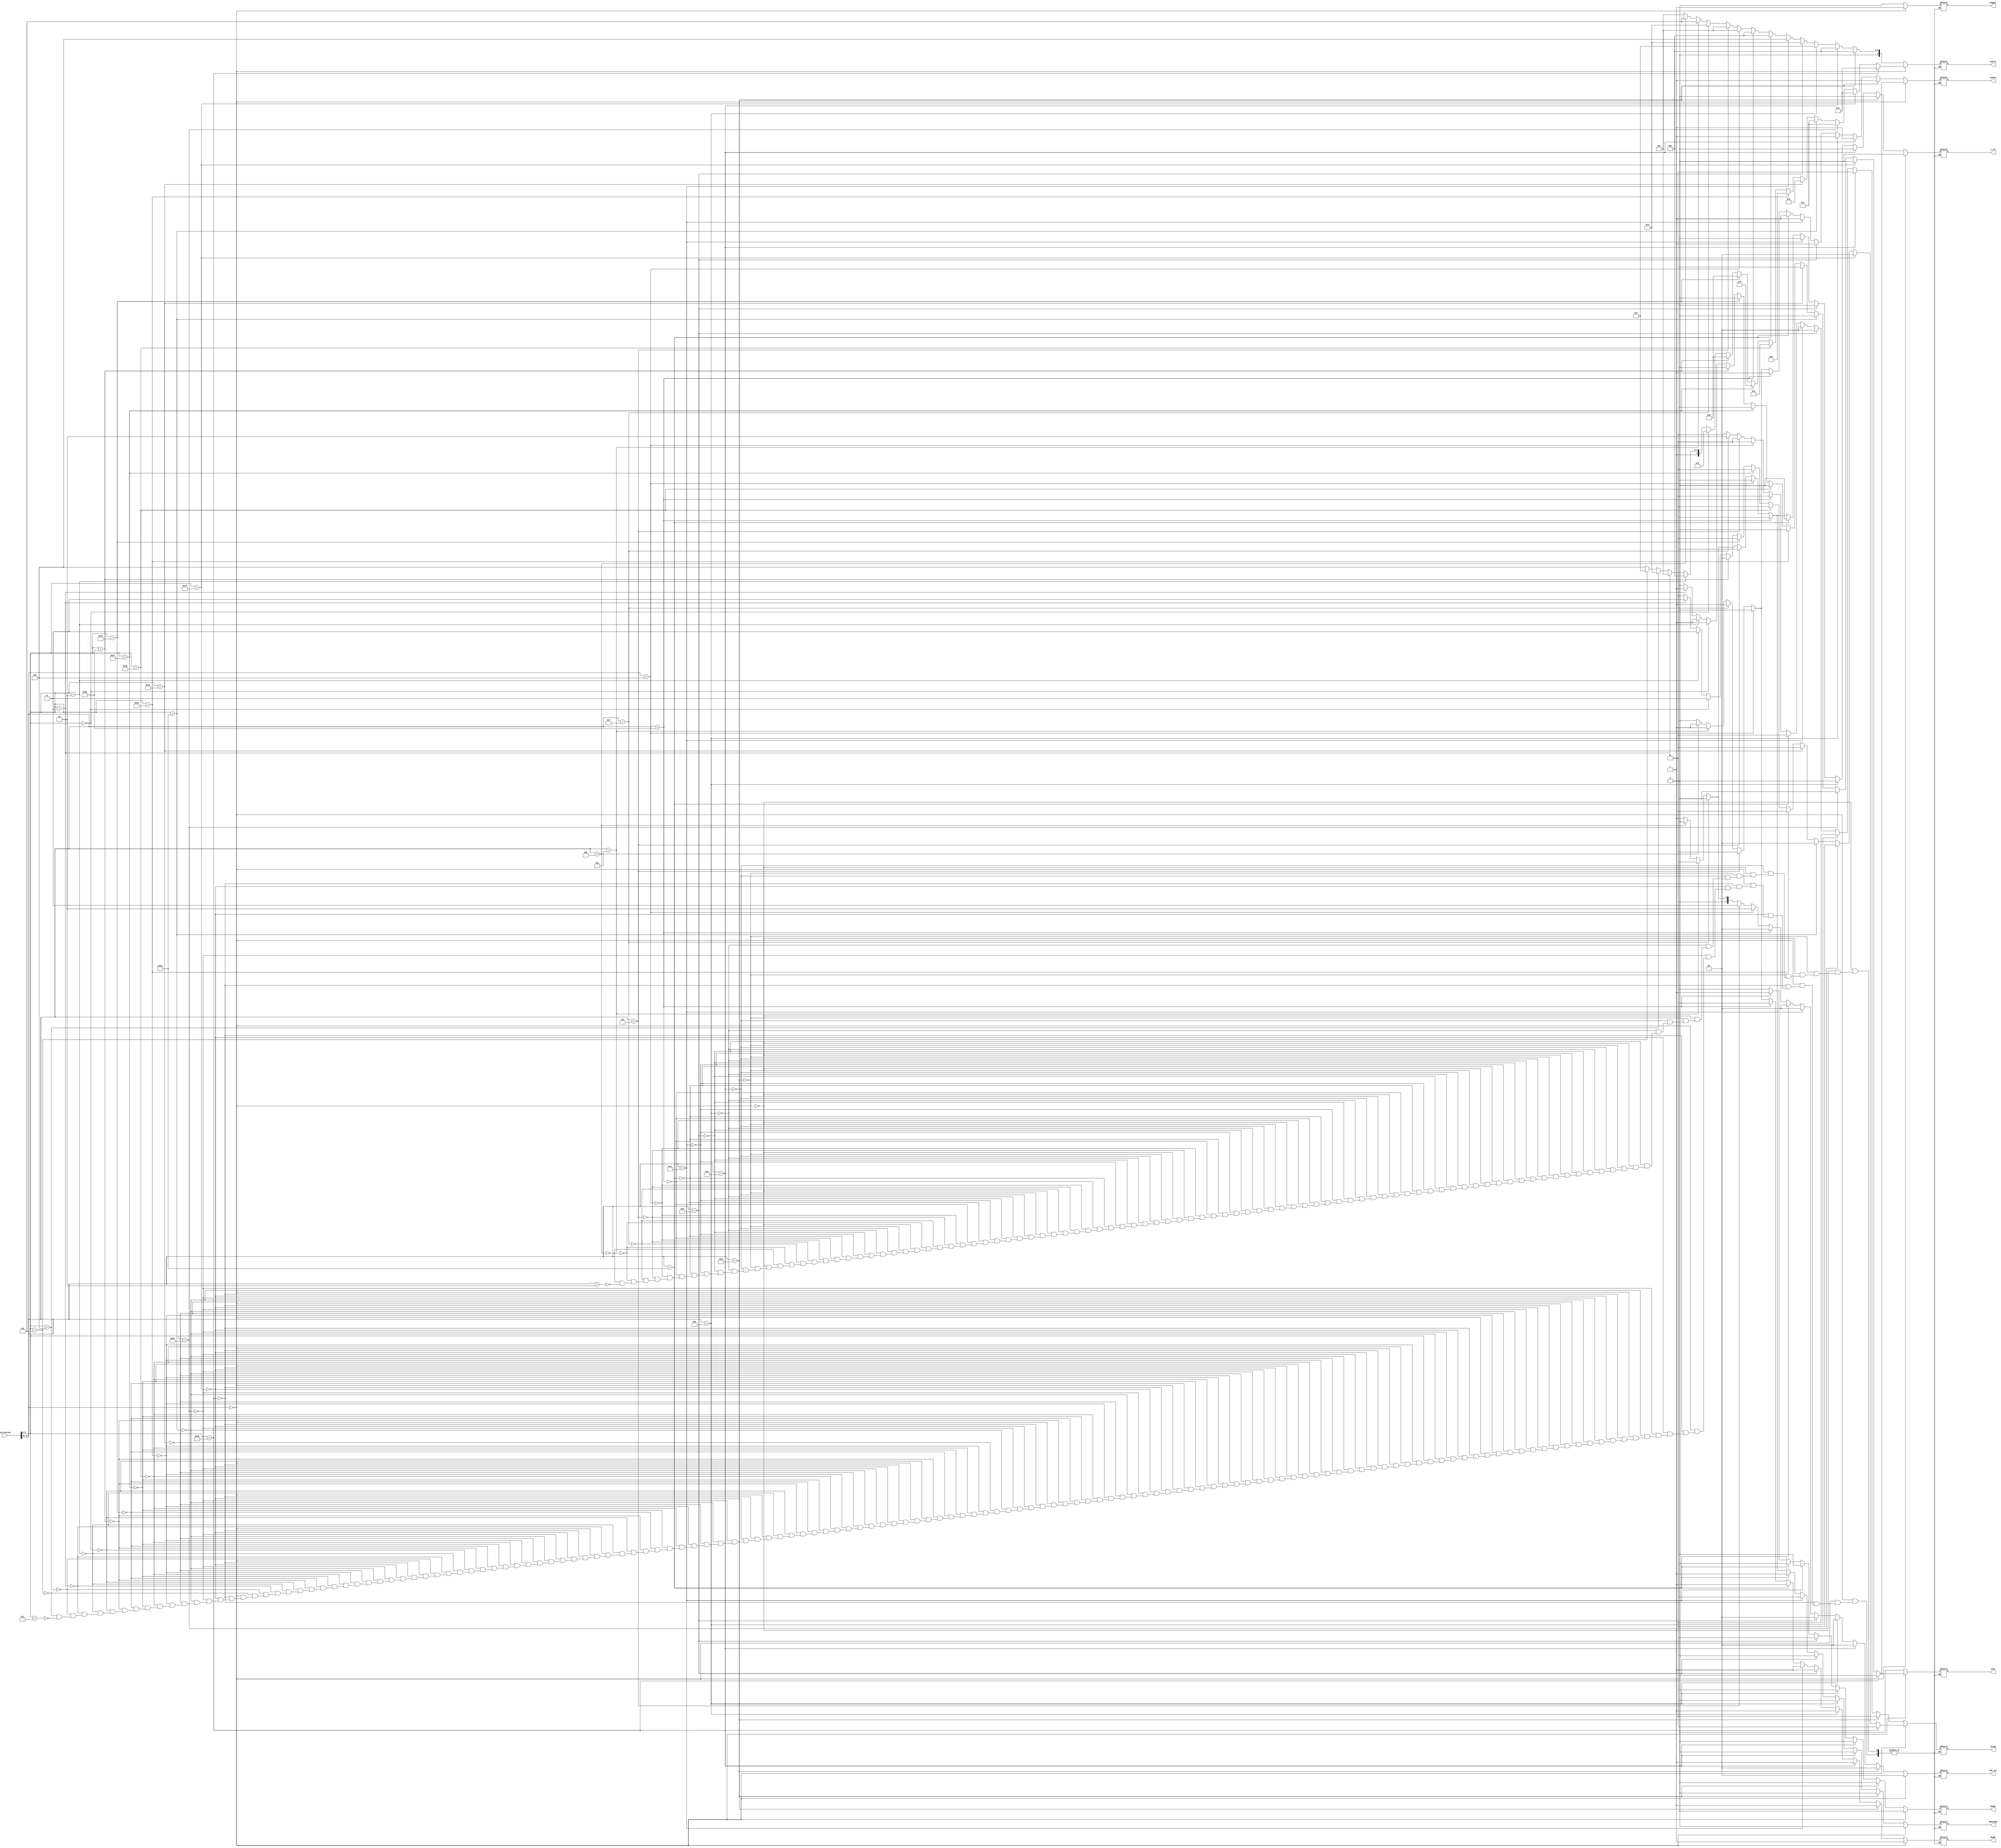
module ctrl(instruction,RegDst,RegWr,ExtOp,nPC_sel,ALUctr,MemtoReg,MemWr,ALUSrc,j_sel,move);
input [31:0]instruction;
output reg [1:0]ExtOp,nPC_sel;
output reg[3:0]ALUctr;
output reg RegDst,RegWr,MemtoReg,MemWr,ALUSrc,j_sel,move;
parameter ADD=4'b0000;
parameter SUB=4'b0001;
parameter OR= 4'b0010;
parameter AND=4'b0011;
parameter XOR=4'b0100;
parameter NOR=4'b0101;
parameter SLT=4'b0110;
parameter SL= 4'b0111;//
parameter SRL=4'b1000;//
parameter SRA=4'b1001;//
parameter SLV= 4'b1010;//
parameter SRLV=4'b1011;//
parameter SRAV=4'b1100;//
initial begin
    nPC_sel=0;
    RegDst=0;
    RegWr=0;
    ExtOp=0;
    nPC_sel=0;
    ALUctr=0;
    MemtoReg=0;
    MemWr=0;
    ALUSrc=0;
    j_sel=0;
    move=0;
end

always@(*) begin
    //R-type
    if(instruction[31:26]==6'b000000) begin
        //ADD
        if(instruction[5:0]==6'b100000) begin
            nPC_sel=2'b00;
            RegDst=1'b1;
            RegWr=1'b1;
            ExtOp=2'b01;
            ALUSrc=1'b0;
            ALUctr=ADD;
            MemWr=1'b0;
            MemtoReg=1'b0;
            j_sel=1'b0;
            move=1'b0;
        end
        //ADDU
        else if(instruction[5:0]==6'b100001) begin
            nPC_sel=2'b00;
            RegDst=1'b1;
            RegWr=1'b1;
            ExtOp=2'b00;
            ALUSrc=1'b0;
            ALUctr=ADD;
            MemWr=1'b0;
            MemtoReg=1'b0;
            j_sel=1'b0;
            move=1'b0;
        end
        //SUB
        else if(instruction[5:0]==6'b100010) begin
            nPC_sel=2'b00;
            RegDst=1'b1;
            RegWr=1'b1;
            ExtOp=2'b01;
            ALUSrc=1'b0;
            ALUctr=SUB;
            MemWr=1'b0;
            MemtoReg=1'b0;
            j_sel=1'b0;
            move=1'b0;
        end
        //SUBU
        else if(instruction[5:0]==6'b100011) begin
            nPC_sel=2'b00;
            RegDst=1'b1;
            RegWr=1'b1;
            ExtOp=2'b00;
            ALUSrc=1'b0;
            ALUctr=SUB;
            MemWr=1'b0;
            MemtoReg=1'b0;
            j_sel=1'b0;
            move=1'b0;
        end
        //AND
        else if(instruction[5:0]==6'b100100) begin
            nPC_sel=2'b00;
            RegDst=1'b1;
            RegWr=1'b1;
            ExtOp=2'b01;
            ALUSrc=1'b0;
            ALUctr=AND;
            MemWr=1'b0;
            MemtoReg=1'b0;
            j_sel=1'b0;
            move=1'b0;
        end
        //OR
        else if(instruction[5:0]==6'b100101) begin
            nPC_sel=2'b00;
            RegDst=1'b1;
            RegWr=1'b1;
            ExtOp=2'b01;
            ALUSrc=1'b0;
            ALUctr=OR;
            MemWr=1'b0;
            MemtoReg=1'b0;
            j_sel=1'b0;
            move=1'b0;
        end
        //XOR
        else if(instruction[5:0]==6'b100110) begin
            nPC_sel=2'b00;
            RegDst=1'b1;
            RegWr=1'b1;
            ExtOp=2'b01;
            ALUSrc=1'b0;
            ALUctr=XOR;
            MemWr=1'b0;
            MemtoReg=1'b0;
            j_sel=1'b0;
            move=1'b0;
        end
        //NOR
        else if(instruction[5:0]==6'b100111) begin
            nPC_sel=2'b00;
            RegDst=1'b1;
            RegWr=1'b1;
            ExtOp=2'b01;
            ALUSrc=1'b0;
            ALUctr=NOR;
            MemWr=1'b0;
            MemtoReg=1'b0;
            j_sel=1'b0;
            move=1'b0;
        end
        //SLT
        else if(instruction[5:0]==6'b101010) begin
            nPC_sel=2'b00;
            RegDst=1'b1;
            RegWr=1'b1;
            ExtOp=2'b01;
            ALUSrc=1'b0;
            ALUctr=SLT;
            MemWr=1'b0;
            MemtoReg=1'b0;
            j_sel=1'b0;
            move=1'b0;
        end
        //SLTU
        else if(instruction[5:0]==6'b101011) begin
            nPC_sel=2'b00;
            RegDst=1'b1;
            RegWr=1'b1;
            ExtOp=2'b00;
            ALUSrc=1'b0;
            ALUctr=SLT;
            MemWr=1'b0;
            MemtoReg=1'b0;
            j_sel=1'b0;
            move=1'b0;
        end
        //SLL
        else if(instruction[5:0]==6'b000000) begin
            nPC_sel=2'b00;
            RegDst=1'b1;
            RegWr=1'b1;
            ExtOp=2'b11;
            ALUSrc=1'b1;
            ALUctr=SL;
            MemWr=1'b0;
            MemtoReg=1'b0;
            j_sel=1'b0;
            move=1'b1;
        end
        //SRL
        else if(instruction[5:0]==6'b000010) begin
            nPC_sel=2'b00;
            RegDst=1'b1;
            RegWr=1'b1;
            ExtOp=2'b11;
            ALUSrc=1'b1;
            ALUctr=SRL;
            MemWr=1'b0;
            MemtoReg=1'b0;
            j_sel=1'b0;
            move=1'b1;
        end
        //SRA
        else if(instruction[5:0]==6'b000011) begin
            nPC_sel=2'b00;
            RegDst=1'b1;
            RegWr=1'b1;
            ExtOp=2'b11;
            ALUSrc=1'b1;
            ALUctr=SRA;
            MemWr=1'b0;
            MemtoReg=1'b0;
            j_sel=1'b0;
            move=1'b1;
        end
        //SLLV
        else if(instruction[5:0]==6'b000100) begin
            nPC_sel=2'b00;
            RegDst=1'b1;
            RegWr=1'b1;
            ExtOp=2'b01;
            ALUSrc=1'b0;
            ALUctr=SLV;
            MemWr=1'b0;
            MemtoReg=1'b0;
            j_sel=1'b0;
            move=1'b0;
        end
        //SRLV
        else if(instruction[5:0]==6'b000110) begin
            nPC_sel=2'b00;
            RegDst=1'b1;
            RegWr=1'b1;
            ExtOp=2'b01;
            ALUSrc=1'b0;
            ALUctr=SRLV;
            MemWr=1'b0;
            MemtoReg=1'b0;
            j_sel=1'b0;
            move=1'b0;
        end
        //SRAV
        else if(instruction[5:0]==6'b000111) begin
            nPC_sel=2'b00;
            RegDst=1'b1;
            RegWr=1'b1;
            ExtOp=2'b01;
            ALUSrc=1'b0;
            ALUctr=SRAV;
            MemWr=1'b0;
            MemtoReg=1'b0;
            j_sel=1'b0;
            move=1'b0;
        end
    end
    //I-type

    //ADDI
    else if(instruction[31:26]==6'b001000) begin
        nPC_sel=2'b00;
        RegDst=1'b0;
        RegWr=1'b1;
        ExtOp=2'b01;
        ALUSrc=1'b1;
        ALUctr=ADD;
        MemWr=1'b0;
        MemtoReg=1'b0;
        j_sel=1'b0;
        move=1'b0;
    end
    //ADDIU
    else if(instruction[31:26]==6'b001001) begin
        nPC_sel=2'b00;
        RegDst=1'b0;
        RegWr=1'b1;
        ExtOp=2'b01;
        ALUSrc=1'b1;
        ALUctr=ADD;
        MemWr=1'b0;
        MemtoReg=1'b0;
        j_sel=1'b0;
        move=1'b0;
    end
    //ANDI
    else if(instruction[31:26]==6'b001100) begin
        nPC_sel=2'b00;
        RegDst=1'b0;
        RegWr=1'b1;
        ExtOp=2'b01;
        ALUSrc=1'b1;
        ALUctr=AND;
        MemWr=1'b0;
        MemtoReg=1'b0;
        j_sel=1'b0;
        move=1'b0;
    end
    //ORI
    else if(instruction[31:26]==6'b001101) begin
        nPC_sel=2'b00;
        RegDst=1'b0;
        RegWr=1'b1;
        ExtOp=2'b00;
        ALUSrc=1'b1;
        ALUctr=OR;
        MemWr=1'b0;
        MemtoReg=1'b0;
        j_sel=1'b0;
        move=1'b0;
    end
    //XORI
    else if(instruction[31:26]==6'b001110) begin
        nPC_sel=2'b00;
        RegDst=1'b0;
        RegWr=1'b1;
        ExtOp=2'b00;
        ALUSrc=1'b1;
        ALUctr=XOR;
        MemWr=1'b0;
        MemtoReg=1'b0;
        j_sel=1'b0;
        move=1'b0;
    end
    //LW
    else if(instruction[31:26]==6'b100011) begin
        nPC_sel=2'b00;
        RegDst=1'b0;
        RegWr=1'b1;
        ExtOp=2'b01;
        ALUSrc=1'b1;
        ALUctr=ADD;
        MemWr=1'b0;
        MemtoReg=1'b1;
        j_sel=1'b0;
        move=1'b0;
    end
    //SW
    else if(instruction[31:26]==6'b101011) begin
        nPC_sel=2'b00;
        RegDst=1'b0;
        RegWr=1'b0;
        ExtOp=2'b01;
        ALUSrc=1'b1;
        ALUctr=ADD;
        MemWr=1'b1;
        MemtoReg=1'b0;
        j_sel=1'b0;
        move=1'b0;
    end
    //BEQ
    else if(instruction[31:26]==6'b000100) begin
        nPC_sel=2'b10;
        RegDst=1'b0;
        RegWr=1'b0;
        ExtOp=2'b01;
        ALUSrc=1'b0;
        ALUctr=SUB;
        MemWr=1'b0;
        MemtoReg=1'b0;
        j_sel=1'b0;
        move=1'b0;
    end
    //BNE
    else if(instruction[31:26]==6'b000101) begin
        nPC_sel=2'b11;
        RegDst=1'b0;
        RegWr=1'b0;
        ExtOp=2'b01;
        ALUSrc=1'b0;
        ALUctr=SUB;
        MemWr=1'b0;
        MemtoReg=1'b0;
        j_sel=1'b0;
        move=1'b0;
    end
    //LUI
    else if(instruction[31:26]==6'b001111) begin
        nPC_sel=2'b00;
        RegDst=1'b0;
        RegWr=1'b1;
        ExtOp=2'b10;
        ALUSrc=1'b1;
        ALUctr=OR;
        MemWr=1'b0;
        MemtoReg=1'b0;
        j_sel=1'b0;
        move=1'b0;
    end
    //SLTI
    else if(instruction[31:26]==6'b001010) begin
        nPC_sel=2'b00;
        RegDst=1'b0;
        RegWr=1'b1;
        ExtOp=2'b01;
        ALUSrc=1'b1;
        ALUctr=SLT;
        MemWr=1'b0;
        MemtoReg=1'b0;
        j_sel=1'b0;
        move=1'b0;
    end
    //SLTIU
    else if(instruction[31:26]==6'b001011) begin
        nPC_sel=2'b00;
        RegDst=1'b0;
        RegWr=1'b1;
        ExtOp=2'b01;
        ALUSrc=1'b1;
        ALUctr=SLT;
        MemWr=1'b0;
        MemtoReg=1'b0;
        j_sel=1'b0;
        move=1'b0;
    end
    //J
    else if(instruction[31:26]==6'b000010) begin
        nPC_sel=2'b01;
        RegDst=1'b0;
        RegWr=1'b0;
        ExtOp=2'b01;
        ALUSrc=1'b0;
        ALUctr=SUB;
        MemWr=1'b0;
        MemtoReg=1'b1;
        j_sel=1'b1;
        move=1'b0;
    end
end
endmodule